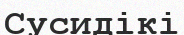
Сусидікі